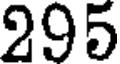
295